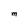
Character: M